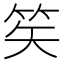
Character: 笶